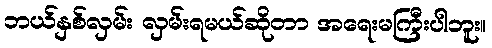
ဘယ်နှစ်လှမ်း လှမ်းရမယ်ဆိုတာ အရေးမကြီးပါဘူး။